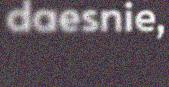
daesnie,